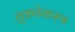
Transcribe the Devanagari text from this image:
तुकडेकरण